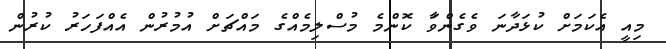
މިއީ އެކަމަށް ކުޅަދާނަ ވެގެންވަާ ކޮންމެ މުސްލިމެއްގެ މައްޗަށް އުމުރުން އެއްފަހަރު ކުރުން